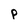
Character: p